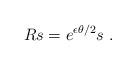
LaTeX: \begin{align*} Rs = e^{\epsilon\theta/2 } s ~.\end{align*}